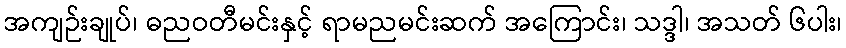
အကျဉ်းချုပ်၊ ဓညဝတီမင်းနှင့် ရာမညမင်းဆက် အကြောင်း၊ သဒ္ဒါ၊ အသတ် ၆ပါး၊